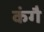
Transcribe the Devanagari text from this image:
कंगै